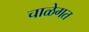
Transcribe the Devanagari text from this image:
चाळेगत